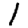
Digit: 1